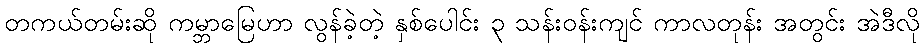
တကယ်တမ်းဆို ကမ္ဘာမြေဟာ လွန်ခဲ့တဲ့ နှစ်ပေါင်း ၃ သန်းဝန်းကျင် ကာလတုန်း အတွင်း အဲဒီလို